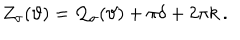
Z _ { \sigma } ( \vartheta ) = { \cal Q } _ { \sigma } ( \vartheta ) + \pi \delta + 2 \pi k \: .